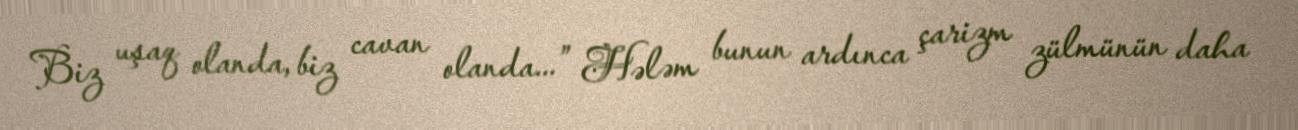
Biz uşaq olanda, biz cavan olanda...” Hələm bunun ardınca çarizm zülmünün daha